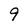
Character: 9